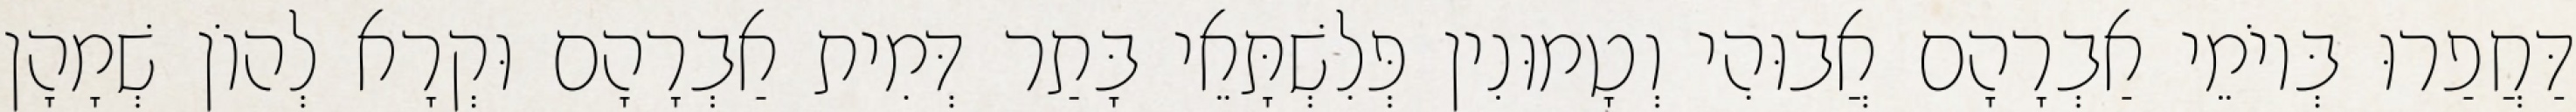
דַּחֲפַרוּ בְּיוֹמֵי אַבְרָהָם אֲבוּהִי וְטָמוּנִין פְּלִשְׁתָּאֵי בָּתַר דְּמִית אַבְרָהָם וּקְרָא לְהוֹן שְׁמָהָן